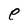
Character: e